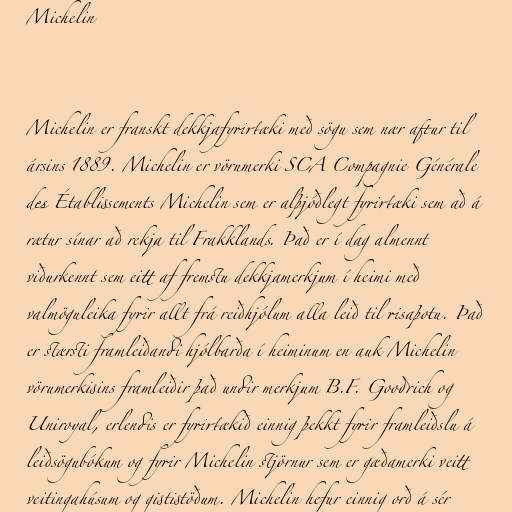
Michelin

Michelin er franskt dekkjafyrirtæki með sögu sem nær aftur til
ársins 1889. Michelin er vörumerki SCA Compagnie Générale
des Établissements Michelin sem er alþjóðlegt fyrirtæki sem að á
rætur sínar að rekja til Frakklands. Það er í dag almennt
viðurkennt sem eitt af fremstu dekkjamerkjum í heimi með
valmöguleika fyrir allt frá reiðhjólum alla leið til risaþotu. Það
er stærsti framleiðandi hjólbarða í heiminum en auk Michelin
vörumerkisins framleiðir það undir merkjum B.F. Goodrich og
Uniroyal, erlendis er fyrirtækið einnig þekkt fyrir framleiðslu á
leiðsögubókum og fyrir Michelin stjörnur sem er gæðamerki veitt
veitingahúsum og gististöðum. Michelin hefur einnig orð á sér